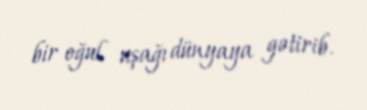
bir oğul uşağı dünyaya gətirib.